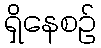
ရှိနေစဉ်